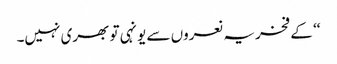
‘‘ کے فخریہ نعروں سے یونہی تو بھری نہیں۔